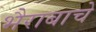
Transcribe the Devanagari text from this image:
भैराबाचे